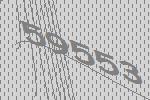
59553